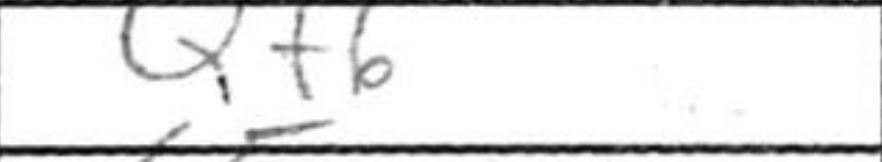
Transcription: Qf6